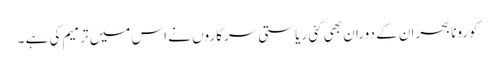
کورونا بحران کے دوران بھی کئی ریاستی سرکاروں نے اس میں ترمیم کی ہے ۔